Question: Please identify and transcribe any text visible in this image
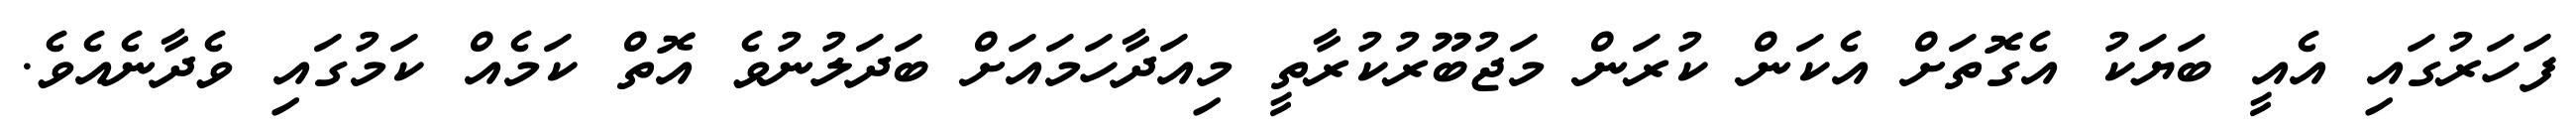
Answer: ފަހަރުގައި އެއީ ބަޔަކު އެގޮތަށް އެކަން ކުރަން މަޖުބޫރުކުރާތީ މިއަދާހަމައަށް ބަދަލުނުވެ އޮތް ކަމެއް ކަމުގައި ވެދާނެއެވެ.